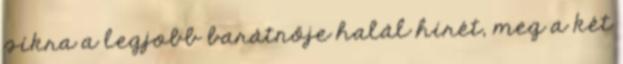
síkra a legjobb barátnője halál hírét, meg a két